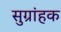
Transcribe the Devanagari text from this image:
सुग्रांहक